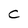
Character: C